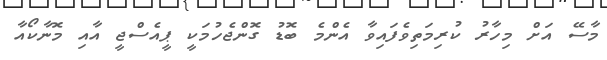
މާސޭ އަށް މިހާރު ކުރިމަތިވެފައިވާ އެންމެ ބޮޑު ގޮންޖެހުމަކީ ޕީއެސްޖީ އާއި މޮނާކޯއާ